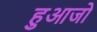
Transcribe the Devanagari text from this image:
हुआजो